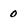
Character: 0